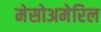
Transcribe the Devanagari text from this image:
मेसोअमेरिल